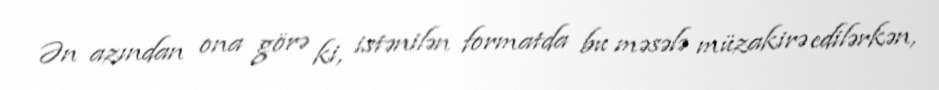
Ən azından ona görə ki, istənilən formatda bu məsələ müzakirə edilərkən,